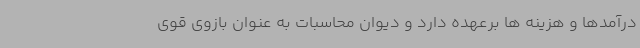
درآمدها و هزینه ها برعهده دارد و دیوان محاسبات به عنوان بازوی قوی